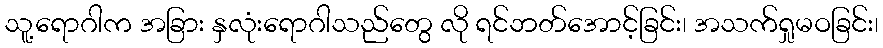
သူ့ရောဂါက အခြား နှလုံးရောဂါသည်တွေ လို ရင်ဘတ်အောင့်ခြင်း၊ အသက်ရှုမဝခြင်း၊